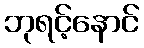
ဘုရင့်နောင်